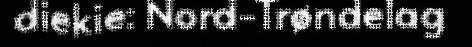
diekie: Nord-Trøndelag